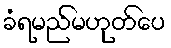
ခံရမည်မဟုတ်ပေ